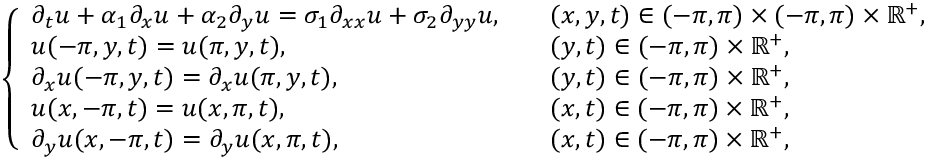
\left\{ \begin{array} { l l } { \partial _ { t } u + \alpha _ { 1 } \partial _ { x } u + \alpha _ { 2 } \partial _ { y } u = \sigma _ { 1 } \partial _ { x x } u + \sigma _ { 2 } \partial _ { y y } u , \quad } & { ( x , y , t ) \in ( - \pi , \pi ) \times ( - \pi , \pi ) \times \mathbb { R } ^ { + } , } \\ { u ( - \pi , y , t ) = u ( \pi , y , t ) , } & { ( y , t ) \in ( - \pi , \pi ) \times \mathbb { R } ^ { + } , } \\ { \partial _ { x } u ( - \pi , y , t ) = \partial _ { x } u ( \pi , y , t ) , } & { ( y , t ) \in ( - \pi , \pi ) \times \mathbb { R } ^ { + } , } \\ { u ( x , - \pi , t ) = u ( x , \pi , t ) , } & { ( x , t ) \in ( - \pi , \pi ) \times \mathbb { R } ^ { + } , } \\ { \partial _ { y } u ( x , - \pi , t ) = \partial _ { y } u ( x , \pi , t ) , } & { ( x , t ) \in ( - \pi , \pi ) \times \mathbb { R } ^ { + } , } \end{array} \right.